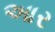
આર